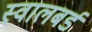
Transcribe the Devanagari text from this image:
स्वालबर्ड